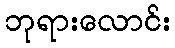
ဘုရားလောင်း